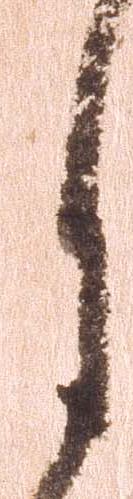
月